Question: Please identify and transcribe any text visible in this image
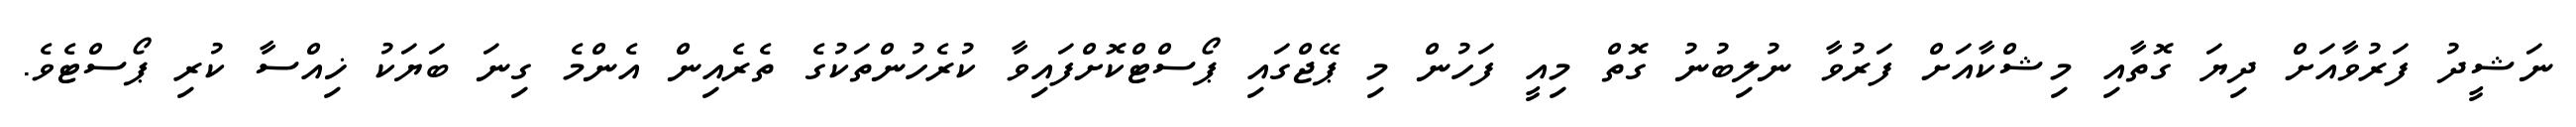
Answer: ނަޝީދު ފަރުވާއަށް ދިޔަ ގޮތާއި މިޝްކާއަށް ފަރުވާ ނުލިބުނު ގޮތް މިއީ ފަހުން މި ޕޭޖްގައި ޕޯސްޓްކޮށްފައިވާ ކުރެހުންތަކުގެ ތެރެއިން އެންމެ ގިނަ ބަޔަކު ޚިއްސާ ކުރި ޕޯސްޓެވެ.